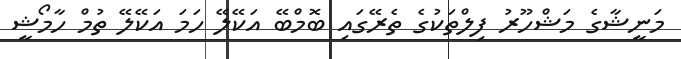
މަނީޝާގެ މަޝްހޫރު ފިލްތަކުގެ ތެރޭގައި ބޮމްބޭ އަކޭލޭ ހަމަ އަކޭލޭ ތުމް ހާމޯޝީ